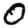
Digit: 0